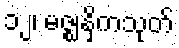
၁၂၊ မဇ္ဈနှိကသုတ်